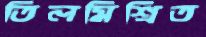
তিলমিশ্রিত